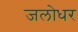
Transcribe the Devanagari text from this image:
जलोधर